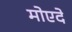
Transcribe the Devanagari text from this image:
मोएदे